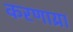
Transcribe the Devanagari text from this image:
करणाय्रा